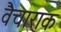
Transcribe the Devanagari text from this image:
वैचाराक